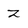
Character: Z